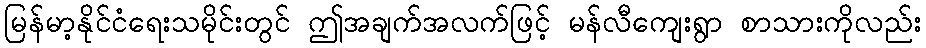
မြန်မာ့နိုင်ငံရေးသမိုင်းတွင် ဤအချက်အလက်ဖြင့် မန်လီကျေးရွာ စာသားကိုလည်း